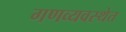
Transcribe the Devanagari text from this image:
गणव्यवस्थेत